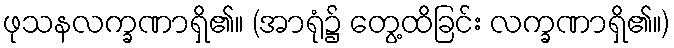
ဖုသနလက္ခဏာရှိ၏။ (အာရုံ၌ တွေ့ထိခြင်း လက္ခဏာရှိ၏။)